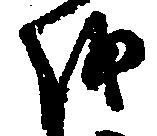
を